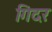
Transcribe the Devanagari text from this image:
गिदर